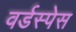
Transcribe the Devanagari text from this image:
वर्डस्पेस